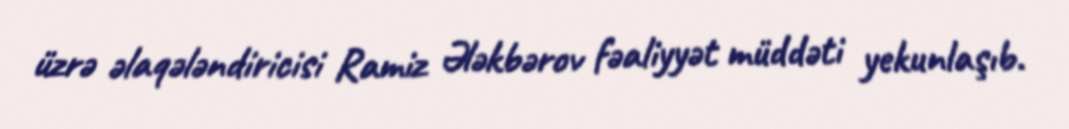
üzrə əlaqələndiricisi Ramiz Ələkbərov fəaliyyət müddəti yekunlaşıb.